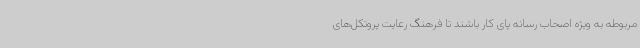
مربوطه به ویژه اصحاب رسانه پای کار باشند تا فرهنگ رعایت پروتکل‌های